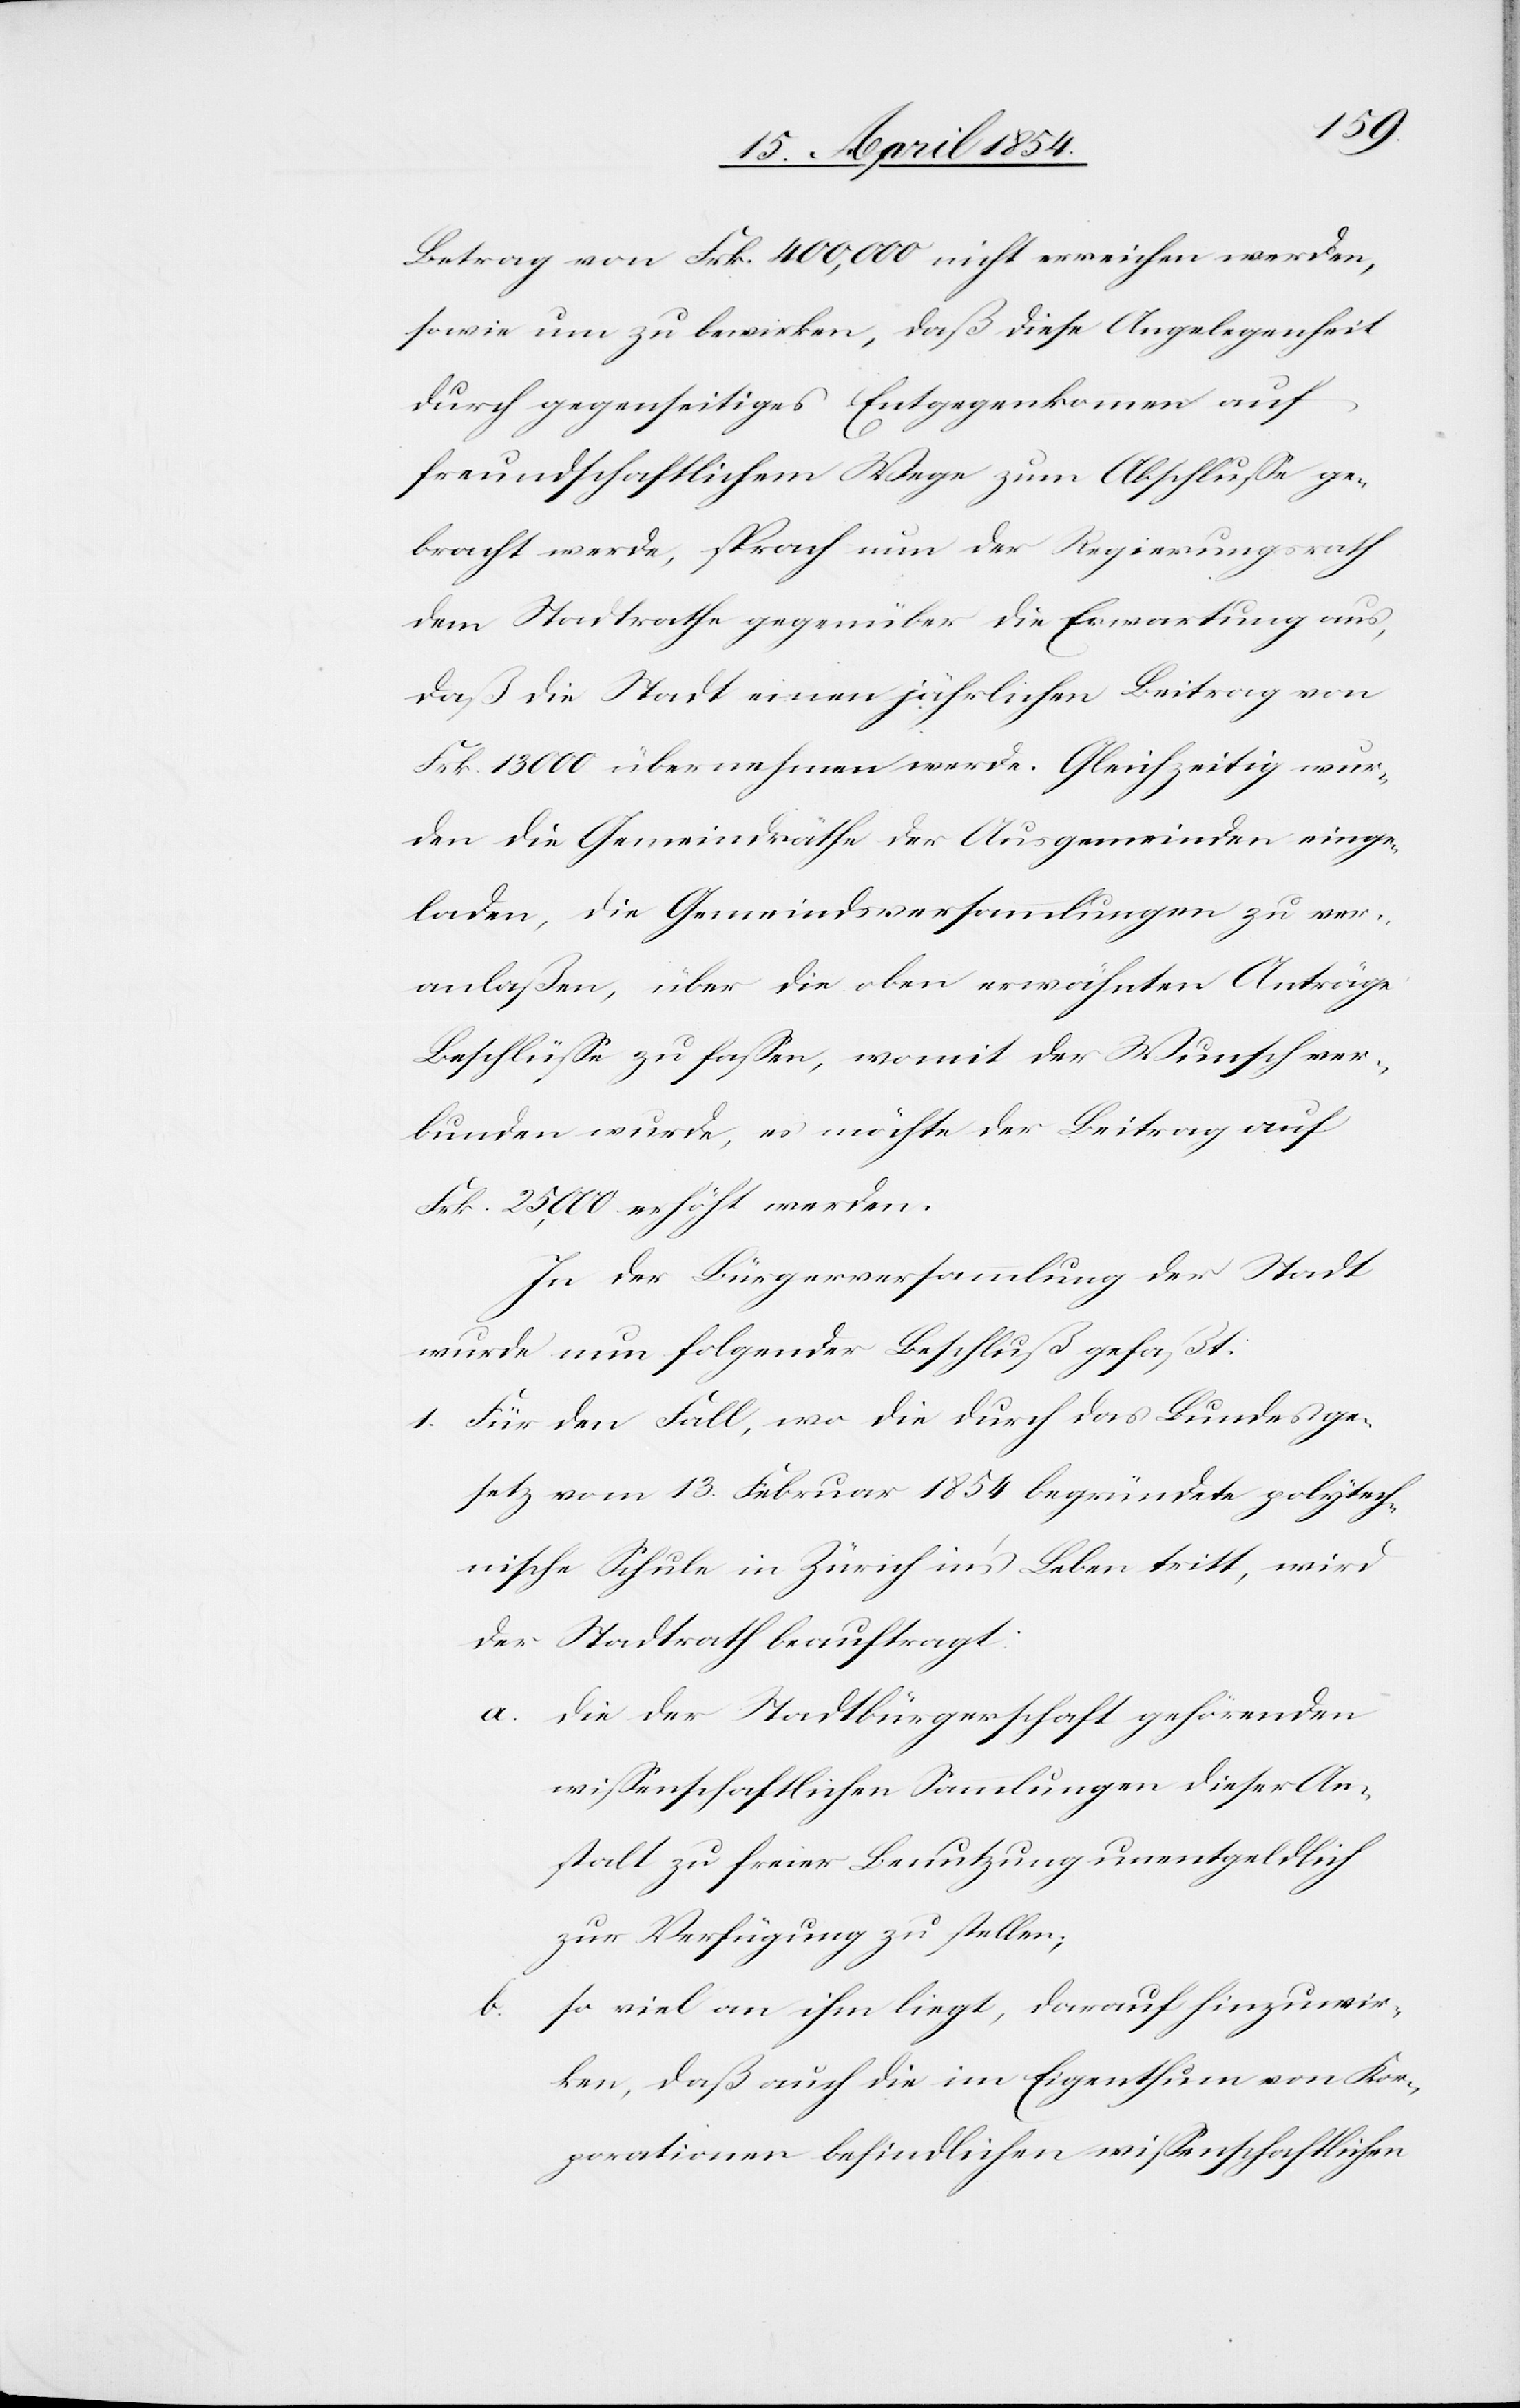
Betrag von Frk. 400,000 nicht erreichen werden,
sowie um zu bewirken, daß diese Angelegenheit
durch gegenseitiges Entgegenkommen auf
freundschaftlichem Wege zum Abschluße ge¬
bracht werde, sprach nun der Regierungsrath
dem Stadtrathe gegenüber die Erwartung aus,
daß die Stadt einen jährlichen Beitrag von
Frk. 13 000 übernehmen werde. Gleichzeitig wur¬
den die Gemeindräthe der Ausgemeinden einge¬
laden, die Gemeindsversammlungen zu ver¬
anlaßen, über die oben erwähnten Anträge
Beschlüße zu faßen, womit der Wunsch ver¬
bunden wurde, es möchte der Beitrag auf
Frk. 25,000 erhöht werden.
In der Bürgerversammlung der Stadt
wurde nun folgender Beschluß gefaßt:
1. Für den Fall, wo die durch das Bundesge¬
setz vom 13. Februar 1854 begründete polytech¬
nische Schule in Zürich in’s Leben tritt, wird
der Stadtrath beauftragt:
a. die der Stadtbürgerschaft gehörenden
wißenschaftlichen Sammlungen dieser An¬
stalt zu freier Benutzung unentgeldlich
zur Verfügung zu stellen;
so viel an ihm liegt, darauf hinzuwir¬
b.
ken, daß auch die im Eigenthum von Kor¬
porationen befindlichen wißenschaftlichen